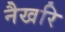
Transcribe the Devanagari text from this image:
नैखरि